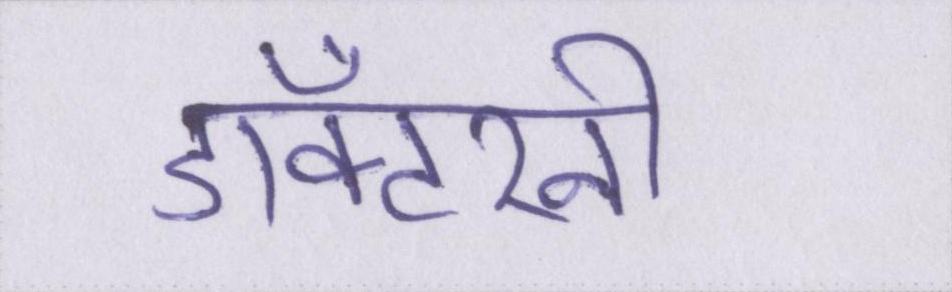
डॉक्टरनी